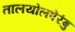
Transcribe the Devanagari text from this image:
तालयोलपेरंबु